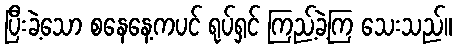
ပြီးခဲ့သော စနေနေ့ကပင် ရုပ်ရှင် ကြည့်ခဲ့ကြ သေးသည်။